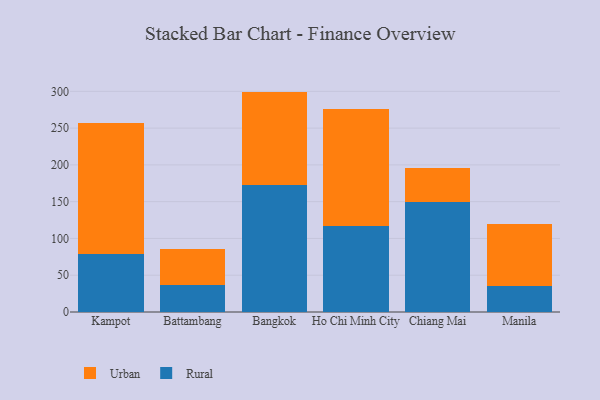
{"axis": {"x": "City", "y": "Latency (ms)"}, "legend": ["Rural", "Urban"], "data": [{"x": "Kampot", "y": 78.7, "type": "Rural"}, {"x": "Kampot", "y": 177.8, "type": "Urban"}, {"x": "Battambang", "y": 36.7, "type": "Rural"}, {"x": "Battambang", "y": 48.7, "type": "Urban"}, {"x": "Bangkok", "y": 172.9, "type": "Rural"}, {"x": "Bangkok", "y": 126.7, "type": "Urban"}, {"x": "Ho Chi Minh City", "y": 116.5, "type": "Rural"}, {"x": "Ho Chi Minh City", "y": 159.7, "type": "Urban"}, {"x": "Chiang Mai", "y": 149.1, "type": "Rural"}, {"x": "Chiang Mai", "y": 46.2, "type": "Urban"}, {"x": "Manila", "y": 35.9, "type": "Rural"}, {"x": "Manila", "y": 83.6, "type": "Urban"}]}